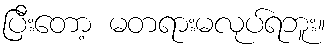
ပြီးတော့ မတရားမလုပ်ရဘူး။